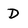
Character: D